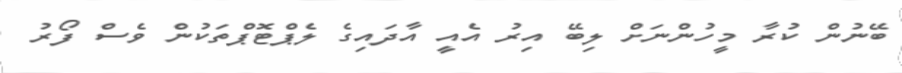
ބޭނުން ކުރާ މީހުންނަށް ލިބޭ އިރު އެއީ އާދައިގެ ލެޕްޓޮޕްތަކުން ވެސް ފޯރު